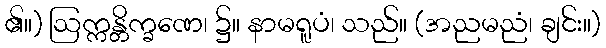
၏။) ဩက္ကန္တိက္ခဏေ၊ ၌။ နာမရူပံ၊ သည်။ (အညမညံ၊ ချင်း။)